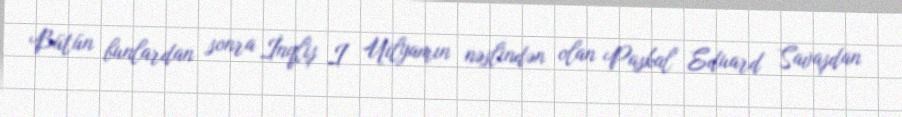
Bütün bunlardan sonra İnqliş I Uilyamın nəslindən olan Paskal Eduard Savaşdan